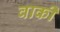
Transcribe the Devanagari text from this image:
वार्की